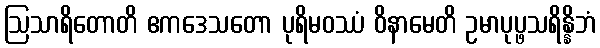
ဩသာရိတောတိ ဧကဒေသတော ပုရိမဝဿံ ဝိနာမေတိ ဥမာပုပ္ဖသရိန္နိဘံ